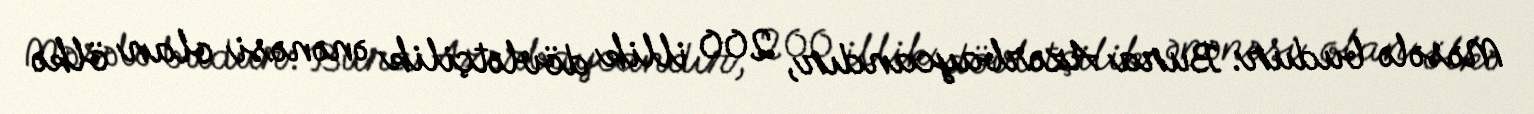
Məsələ budur: Bura Azərbaycandır, 200 illik dövlətçilik ənənəsi olan ölkə